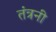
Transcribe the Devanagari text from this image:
तंत्रनी